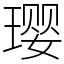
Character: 璎